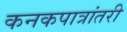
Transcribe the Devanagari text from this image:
कनकपात्रांतरी